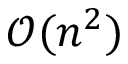
\mathcal { O } ( n ^ { 2 } )